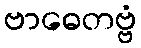
ဗာဓေတဗ္ဗံ